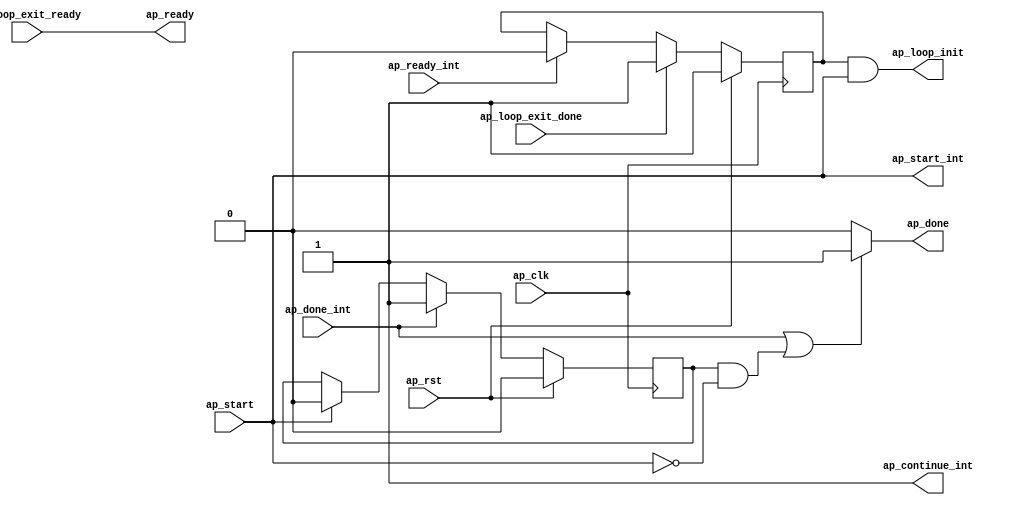
// ==============================================================
// Vitis HLS - High-Level Synthesis from C, C++ and OpenCL v2021.1 (64-bit)
// Copyright 1986-2021 Xilinx, Inc. All Rights Reserved.
// ==============================================================

`timescale 1 ns / 1 ps

module config_parser_flow_control_loop_pipe_sequential_init(
        ap_clk,
        ap_rst,
        ap_start,
        ap_ready,
        ap_done,
        ap_start_int,
        ap_ready_int,
        ap_done_int,
        ap_continue_int,
        ap_loop_init,
        ap_loop_exit_ready,
        ap_loop_exit_done
);

input   ap_clk;
input   ap_rst;

//Block level handshake with outside loop
input   ap_start;
output  ap_ready;
output  ap_done;

//Block level handshake with loop body
output  ap_start_int;
input   ap_ready_int;
input   ap_done_int;
output  ap_continue_int;

//Init live in variables
output   ap_loop_init;
wire     ap_loop_init;
reg ap_loop_init_int;
reg ap_done;
reg ap_done_cache;

//Exit signal from loop body
input   ap_loop_exit_ready;
input   ap_loop_exit_done;

// power-on initialization
initial begin
#0 ap_loop_init_int = 1'b1;
#0 ap_done_cache = 1'b0;
end

assign ap_start_int = ap_start;

assign ap_continue_int = 1'b1;

assign ap_ready = ap_loop_exit_ready;

//ap_loop_init is valid for the first II
//of the first loop run so as to enable
//the init block ops which are pushed into
//the first state of the pipeline region
always @ (posedge ap_clk)
begin
    if (ap_rst == 1'b1) begin
        ap_loop_init_int <= 1'b1;
    end else if(ap_loop_exit_done == 1'b1) begin
        ap_loop_init_int <= 1'b1;
    end else if(ap_ready_int == 1'b1) begin
        ap_loop_init_int <= 1'b0;
    end
end

assign ap_loop_init = ap_loop_init_int & ap_start;

// if no ap_continue port and current module is not top module, 
// ap_done handshakes with ap_start. Internally, flow control sends out 
// ap_conintue_int = 1'b1 so the ap_done_int is asserted high for 1 clock cycle.
// ap_done_cache is used to record ap_done_int, and de-assert if ap_start_int
// is asserted, so DUT can start the next run
always @(posedge ap_clk)
begin
    if (ap_rst == 1'b1) begin
        ap_done_cache <= 1'b0;
    end else if (ap_done_int == 1'b1) begin
        ap_done_cache <= 1'b1;
    end else if (ap_start_int == 1'b1) begin
        ap_done_cache <= 1'b0;
    end
end

// if no ap_continue port and current module is not top module, ap_done handshakes with ap_start
always @(*)
begin
    if ((ap_done_int == 1'b1) || ((ap_done_cache == 1'b1) && (ap_start_int == 1'b0))) begin
        ap_done = 1'b1;
    end else begin
        ap_done = 1'b0;
    end
end

endmodule